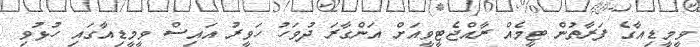
ވީމީޑިއާގެ ފަރާތުން ޓީމެއް ރާއްޖެޓީވީއަށް އަންގާރަ ދުވަހު ހަވީރު އައިސް ވީމީޑިއާގައި ހުޅުވި